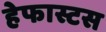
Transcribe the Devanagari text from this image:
हेफास्टस